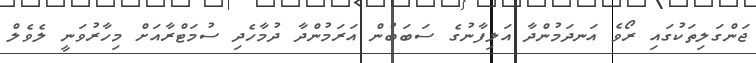
ޖަންގަލިތަކުގައި ރޯވެ އަނދަމުންދާ އަލިފާނުގެ ސަބަބުން އަރަމުންދާ ދުމާހެދި ސުމަޓްރާއަށް މިހާރުވަނީ ލެވެލް